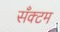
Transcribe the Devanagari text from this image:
सँक्टम